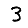
Digit: 3